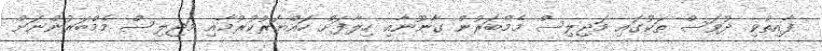
ފާއިތުވި ދުވަސް ތަކުގައި މަޖިލިސް މެމްބަރުން ގާނޫނާއި ހިލާފަށް ހައްޔަރުކުރުމާއި މަޖިލިސް މެމްބަރުންނަށް